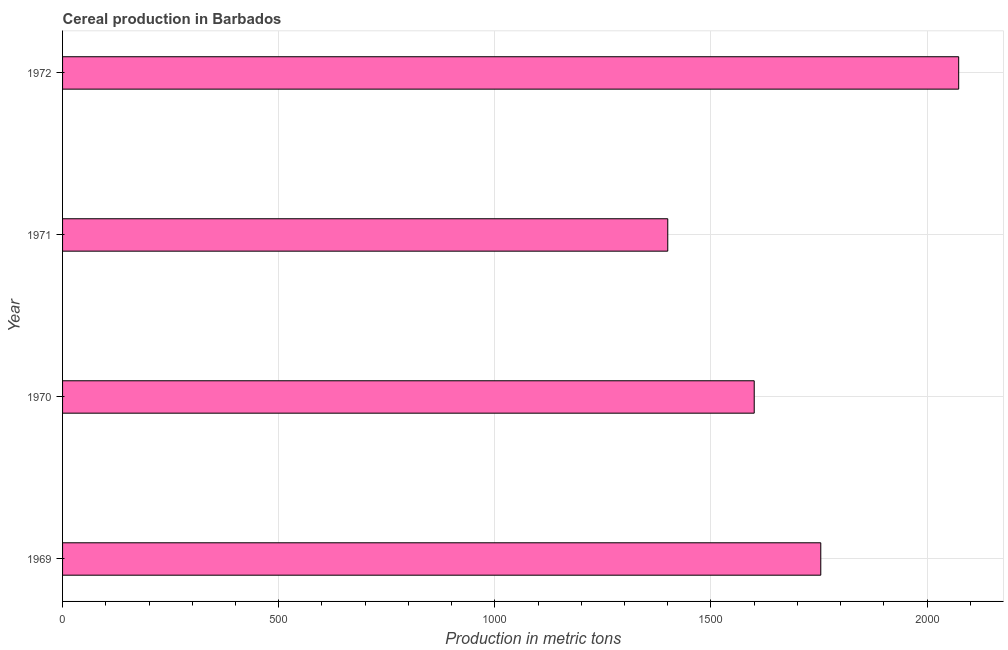
| Year | Cereal production |
 | --- | --- |
 | 1969 | 1.75e+03 |
 | 1970 | 1.6e+03 |
 | 1971 | 1.4e+03 |
 | 1972 | 2.07e+03 |